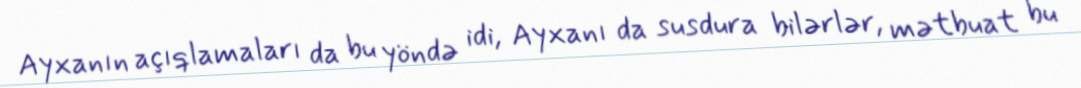
Ayxanın açıqlamaları da bu yöndə idi, Ayxanı da susdura bilərlər, mətbuat bu